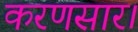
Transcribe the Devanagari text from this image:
करणसार।